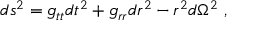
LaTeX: d s ^ { 2 } = g _ { t t } d t ^ { 2 } + g _ { r r } d r ^ { 2 } - r ^ { 2 } d \Omega ^ { 2 } \ ,